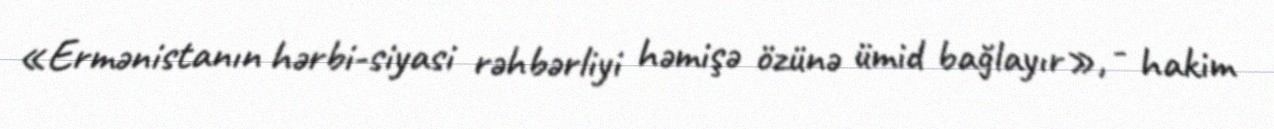
«Ermənistanın hərbi-siyasi rəhbərliyi həmişə özünə ümid bağlayır», - hakim